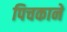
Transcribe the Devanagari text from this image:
पिचकाने